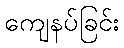
ကျေနပ်ခြင်း